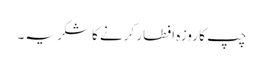
چپ کا روزہ افطار کرنے کا شکریہ۔